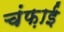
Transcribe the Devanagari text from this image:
चंफ़ाई